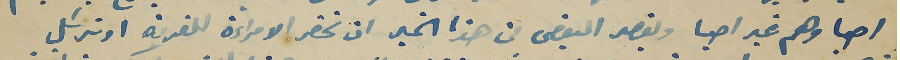
احيا وهم غير احيا ويقصد البعض من هذا الخبر ان تحضر الامراءة للقرية او ترسَل